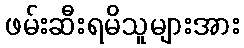
ဖမ်းဆီးရမိသူများအား